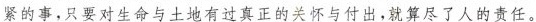
紧的事，只要对生命与土地有过真正的关怀与付出，就算尽了人的责任。